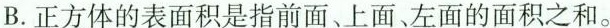
B.正方体的表面积是指前面、上面、左面的面积之和。